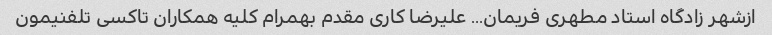
ازشهر زادگاه استاد مطهری فریمان... علیرضا کاری مقدم بهمرام کلیه همکاران تاکسی تلفنیمون